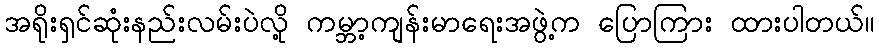
အရိုးရှင်ဆုံးနည်းလမ်းပဲလို့ ကမ္ဘာ့ကျန်းမာရေးအဖွဲ့က ပြောကြား ထားပါတယ်။